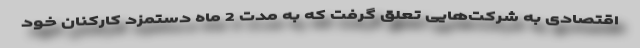
اقتصادی به شرکت‌هایی تعلق گرفت که به مدت 2 ماه دستمزد کارکنان خود